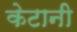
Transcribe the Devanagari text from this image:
केटानी